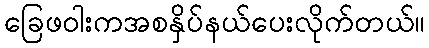
ခြေဖဝါးကအစနှိပ်နယ်ပေးလိုက်တယ်။